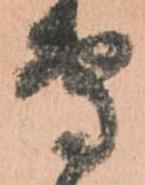
専